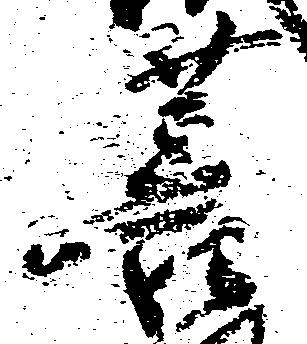
菩